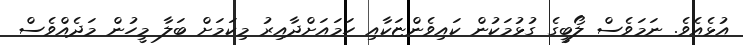
އުޅެއެވެ. ނަމަވެސް ލޯބީގެ ގުޅުމަކުން ކައިވެންޏަކާއި ހަމައަށްދާއިރު މިކަމަށް ބަލާ މީހުން މަދެއްވެސް